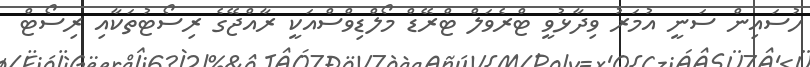
ހުސައިން ސަނީ އުމަރު ވިދާޅުވީ ޓްރެވަލް ޓްރޭޑް މޯލްޑިވްސްއަކީ ރާއްޖޭގެ ރިސޯޓުތަކާއި ރިސޯޓް